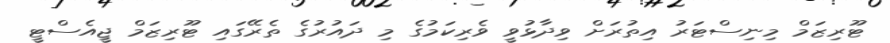
ޓޫރިޒަމް މިނިސްޓަރު އިތުރަށް ވިދާޅުވީ ވެރިކަމުގެ މި ދައުރުގެ ތެރޭގައި ޓޫރިޒަމް ޖީއެސްޓީ